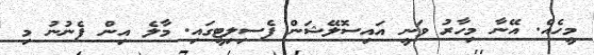
މީހެއް. އޭނާ މިހާރު ވަނީ އައިސޮލޭޝަން ފެސިލިޓީގައި. މާލެ އިން ފެނުނު މި